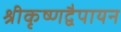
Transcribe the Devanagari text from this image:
श्रीकृष्णद्वैपायन